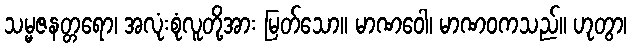
သမ္မဇနတ္တရော၊ အလုံးစုံလူတို့အား မြတ်သော။ မာဏဝေါ၊ မာဏဝကသည်။ ဟုတွာ၊